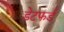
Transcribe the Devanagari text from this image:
डेटफर्ड